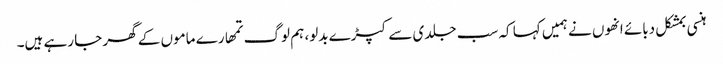
ہنسی بمشکل دبائے انھوں نے ہمیں کہا کہ سب جلدی سے کپڑے بدلو، ہم لوگ تمھارے ماموں کے گھر جا رہے ہیں۔